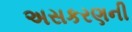
અસકરણની